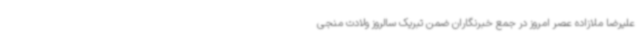
علیرضا ملازاده عصر امروز در جمع خبرنگاران ضمن تبریک سالروز ولادت منجی